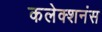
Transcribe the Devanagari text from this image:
कलेक्शनंस